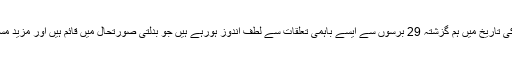
اپنی آرگنائزیشن کی تاریخ میں ہم گزشتہ 29 برسوں سے ایسے باہمی تعلقات سے لطف اندوز ہورہے ہیں جو بدلتی صورتحال میں قائم ہیں اور مزید مستحکم ہورہے ہیں۔